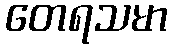
တေရသမာ